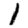
Digit: 1